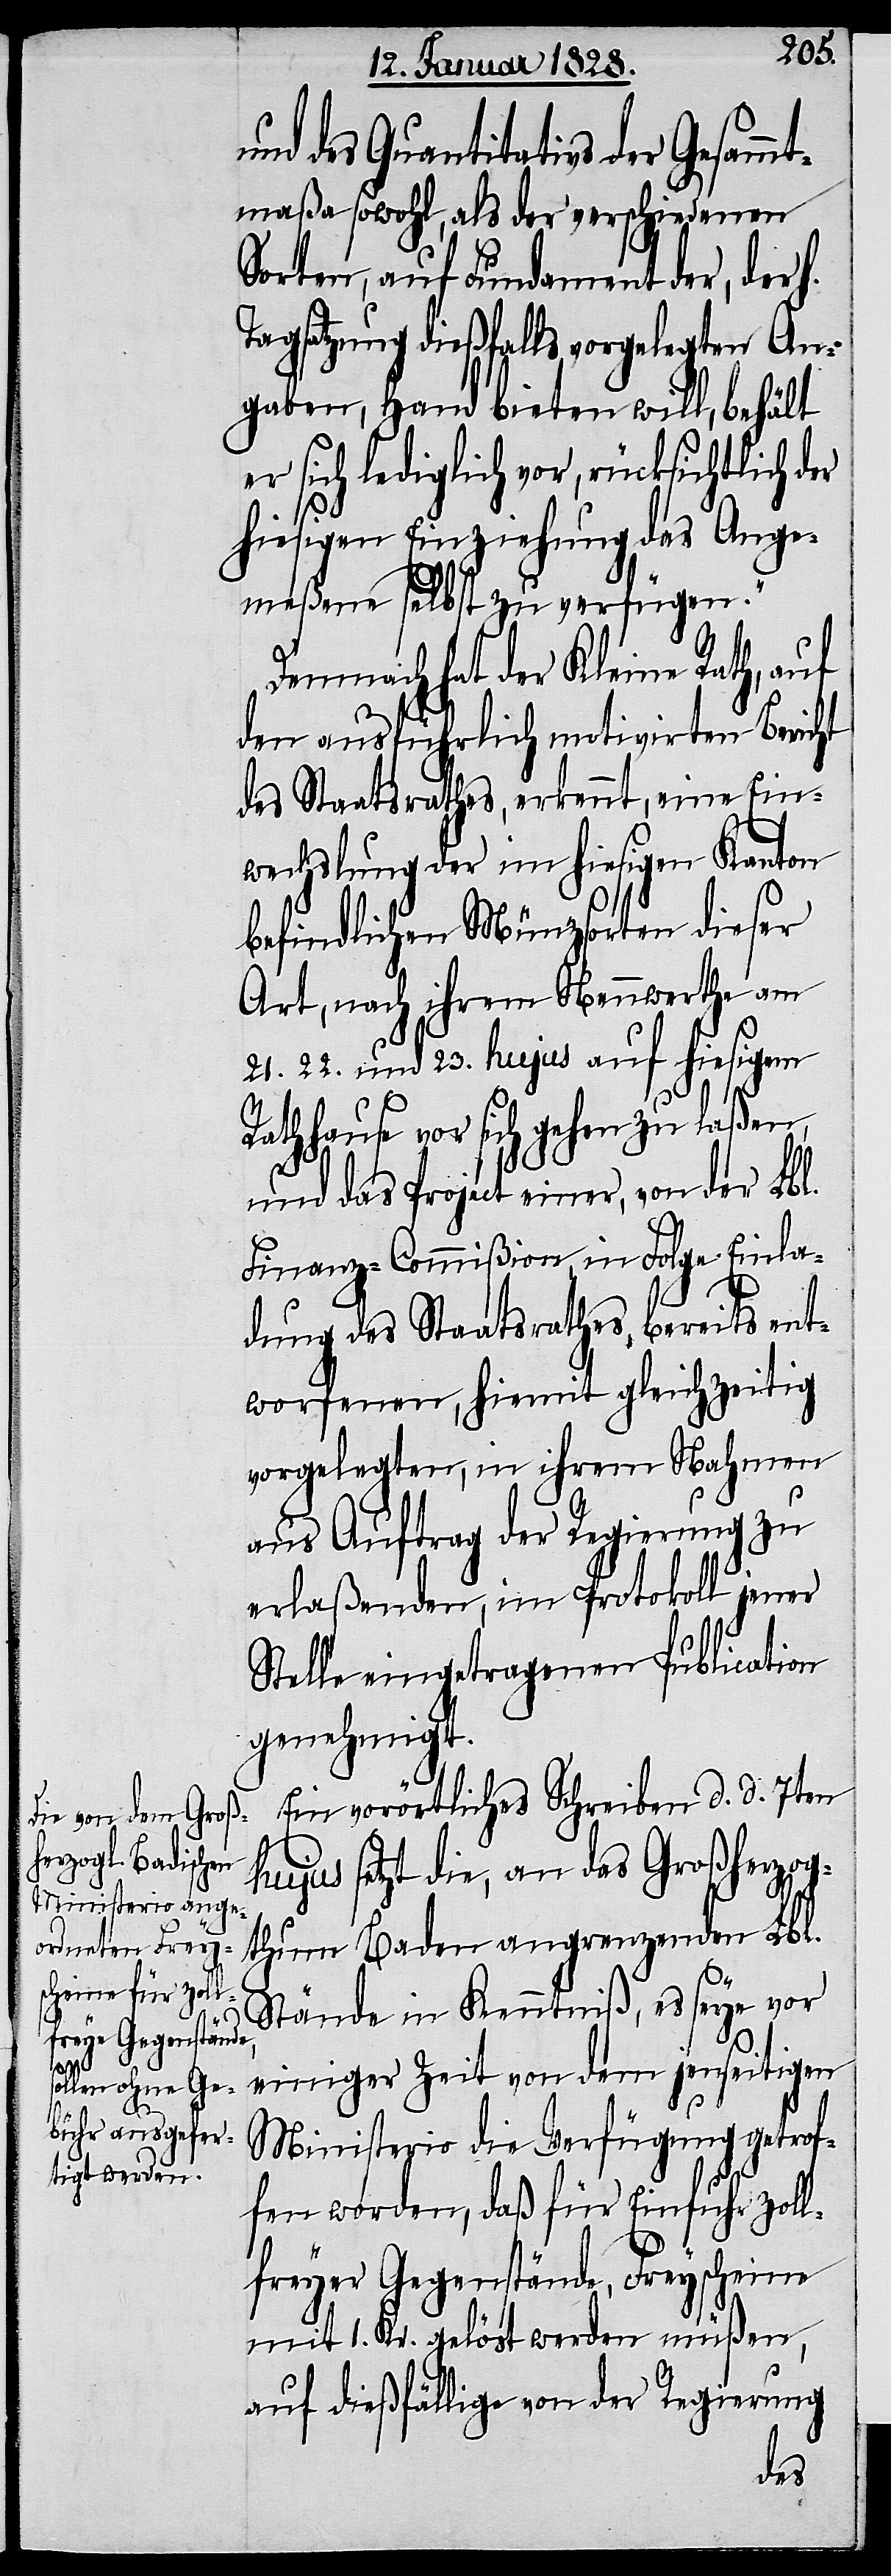
und des Quantitativs der Gesammt¬
maßa sowohl, als der verschiedenen
Sorten, auf Fundament der, der h.
Tagsatzung dießfalls vorgelegten An¬
gaben, Hand bieten will, behält
er sich lediglich vor, rücksichtlich der
hiesigen Einziehung das Ange¬
meßene selbst zu verfügen.“
Demnach hat der Kleine Rath, auf
den ausführlich motivirten Bericht
des Staatsrathes, erkennt, eine Ein¬
wechslung der im hiesigen Kanton
befindlichen Münzsorten dieser
Art, nach ihrem Nennwerthe am
[,] 22. und 23. hujus auf hiesigem
Rathhause vor sich gehen zu laßen,
und das Project einer, von der Lbl.
Finanz-Commißion, in Folge Einla¬
dung des Staatsrathes, bereits ent¬
worfenen, hiemit gleichzeitig
vorgelegten, in ihrem Nahmen
aus Auftrag der Regierung zu
erlaßenden, im Protokoll jener
Stelle eingetragenen Publication
genehmigt.
Ein vorörtliches Schreiben d. d. 7ten
hujus setzt die, an das Großherzog¬
thum Baden angrenzenden Lbl.
Stände in Kenntniß, es seye vor
einiger Zeit von dem jenseitigen
Ministerio die Verfügung getrof¬
fen worden, daß für Einfuhr zoll¬
freyer Gegenstände, Freyscheine
mit 1. Kr. gelöst werden müßen,
auf dießfällige von der Regierung